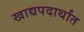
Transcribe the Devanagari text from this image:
खाद्यपदार्थांत